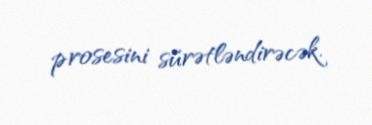
prosesini sürətləndirəcək.